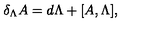
\delta _ { \Lambda } A = d \Lambda + [ A , \Lambda ] ,